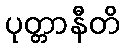
ပုတ္တာနီတိ